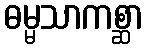
ဓမ္မသာကစ္ဆာ